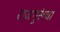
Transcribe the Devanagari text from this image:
राजगुरूंचा